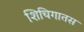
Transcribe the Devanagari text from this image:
शिचिगातस